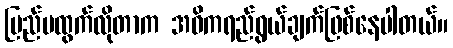
ပြည်ပထွက်လိုတာက အဓိကရည်ရွယ်ချက်ဖြစ်နေပါတယ်။